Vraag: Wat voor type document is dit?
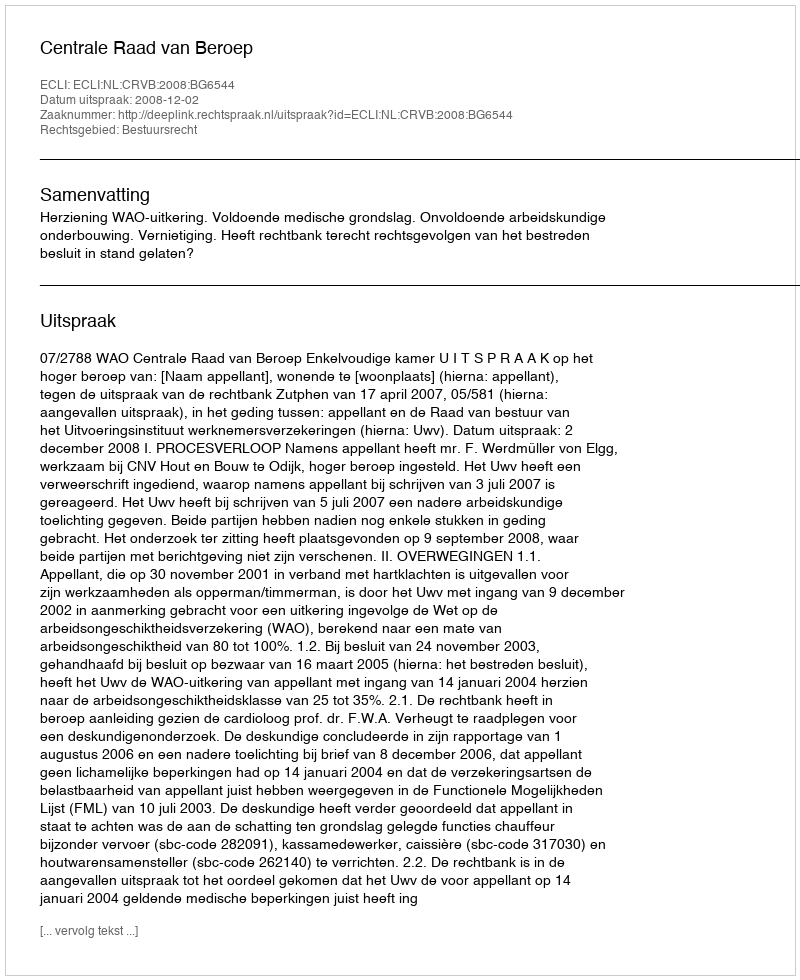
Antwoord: Uitspraak